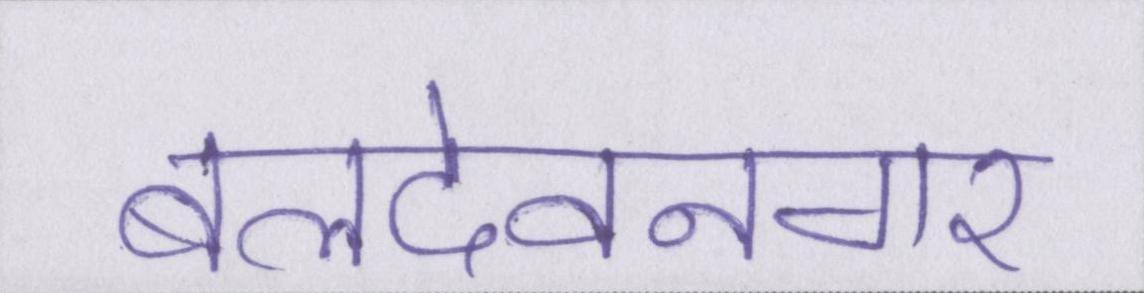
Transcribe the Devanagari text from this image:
बलदेवनगर